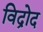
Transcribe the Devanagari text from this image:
विद्रोद